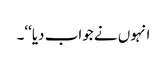
انہوں نے جواب دیا‘‘۔